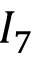
I _ { 7 }